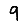
Digit: 9